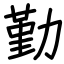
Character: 勤